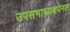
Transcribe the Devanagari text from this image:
उपसभाध्यक्षपेनल